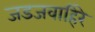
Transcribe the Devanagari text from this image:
जडजवाहिरे